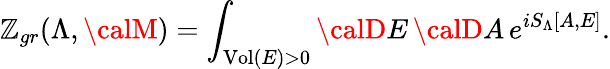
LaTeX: \mathbb{Z}_{gr}(\Lambda,{\calM})=\int_{\mathrm{{Vol}}(E)>0}{\calD}E\, {\calD}A\, e^{iS_{\Lambda}[A,E]}.